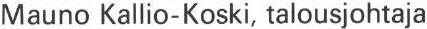
Mauno Kallio-Koski, talousjohtaja